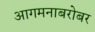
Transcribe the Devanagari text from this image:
आगमनाबरोबर